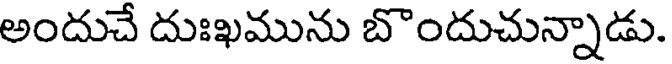
అందుచే దుఃఖమును బొందుచున్నాడు.